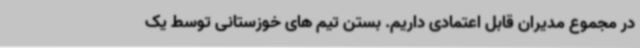
در مجموع مدیران قابل اعتمادی داریم. بستن تیم های خوزستانی توسط یک